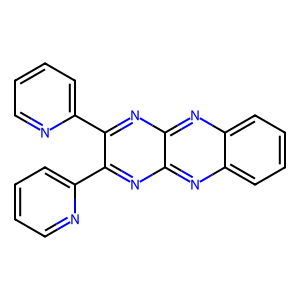
SMILES: c1ccc(-c2nc3nc4ccccc4nc3nc2-c2ccccn2)nc1
Inhibits HIV replication: No